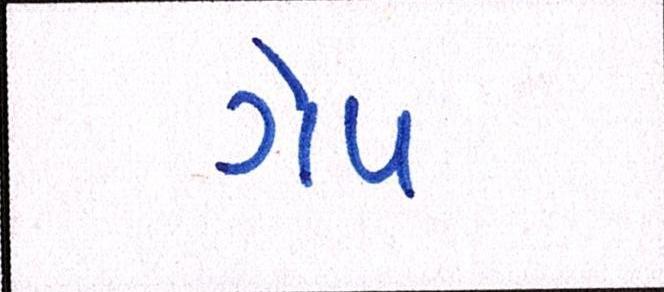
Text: ગેપ